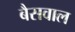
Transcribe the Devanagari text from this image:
बैसवाल